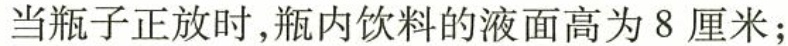
当瓶子正放时,瓶内饮料的液面高为8厘米;